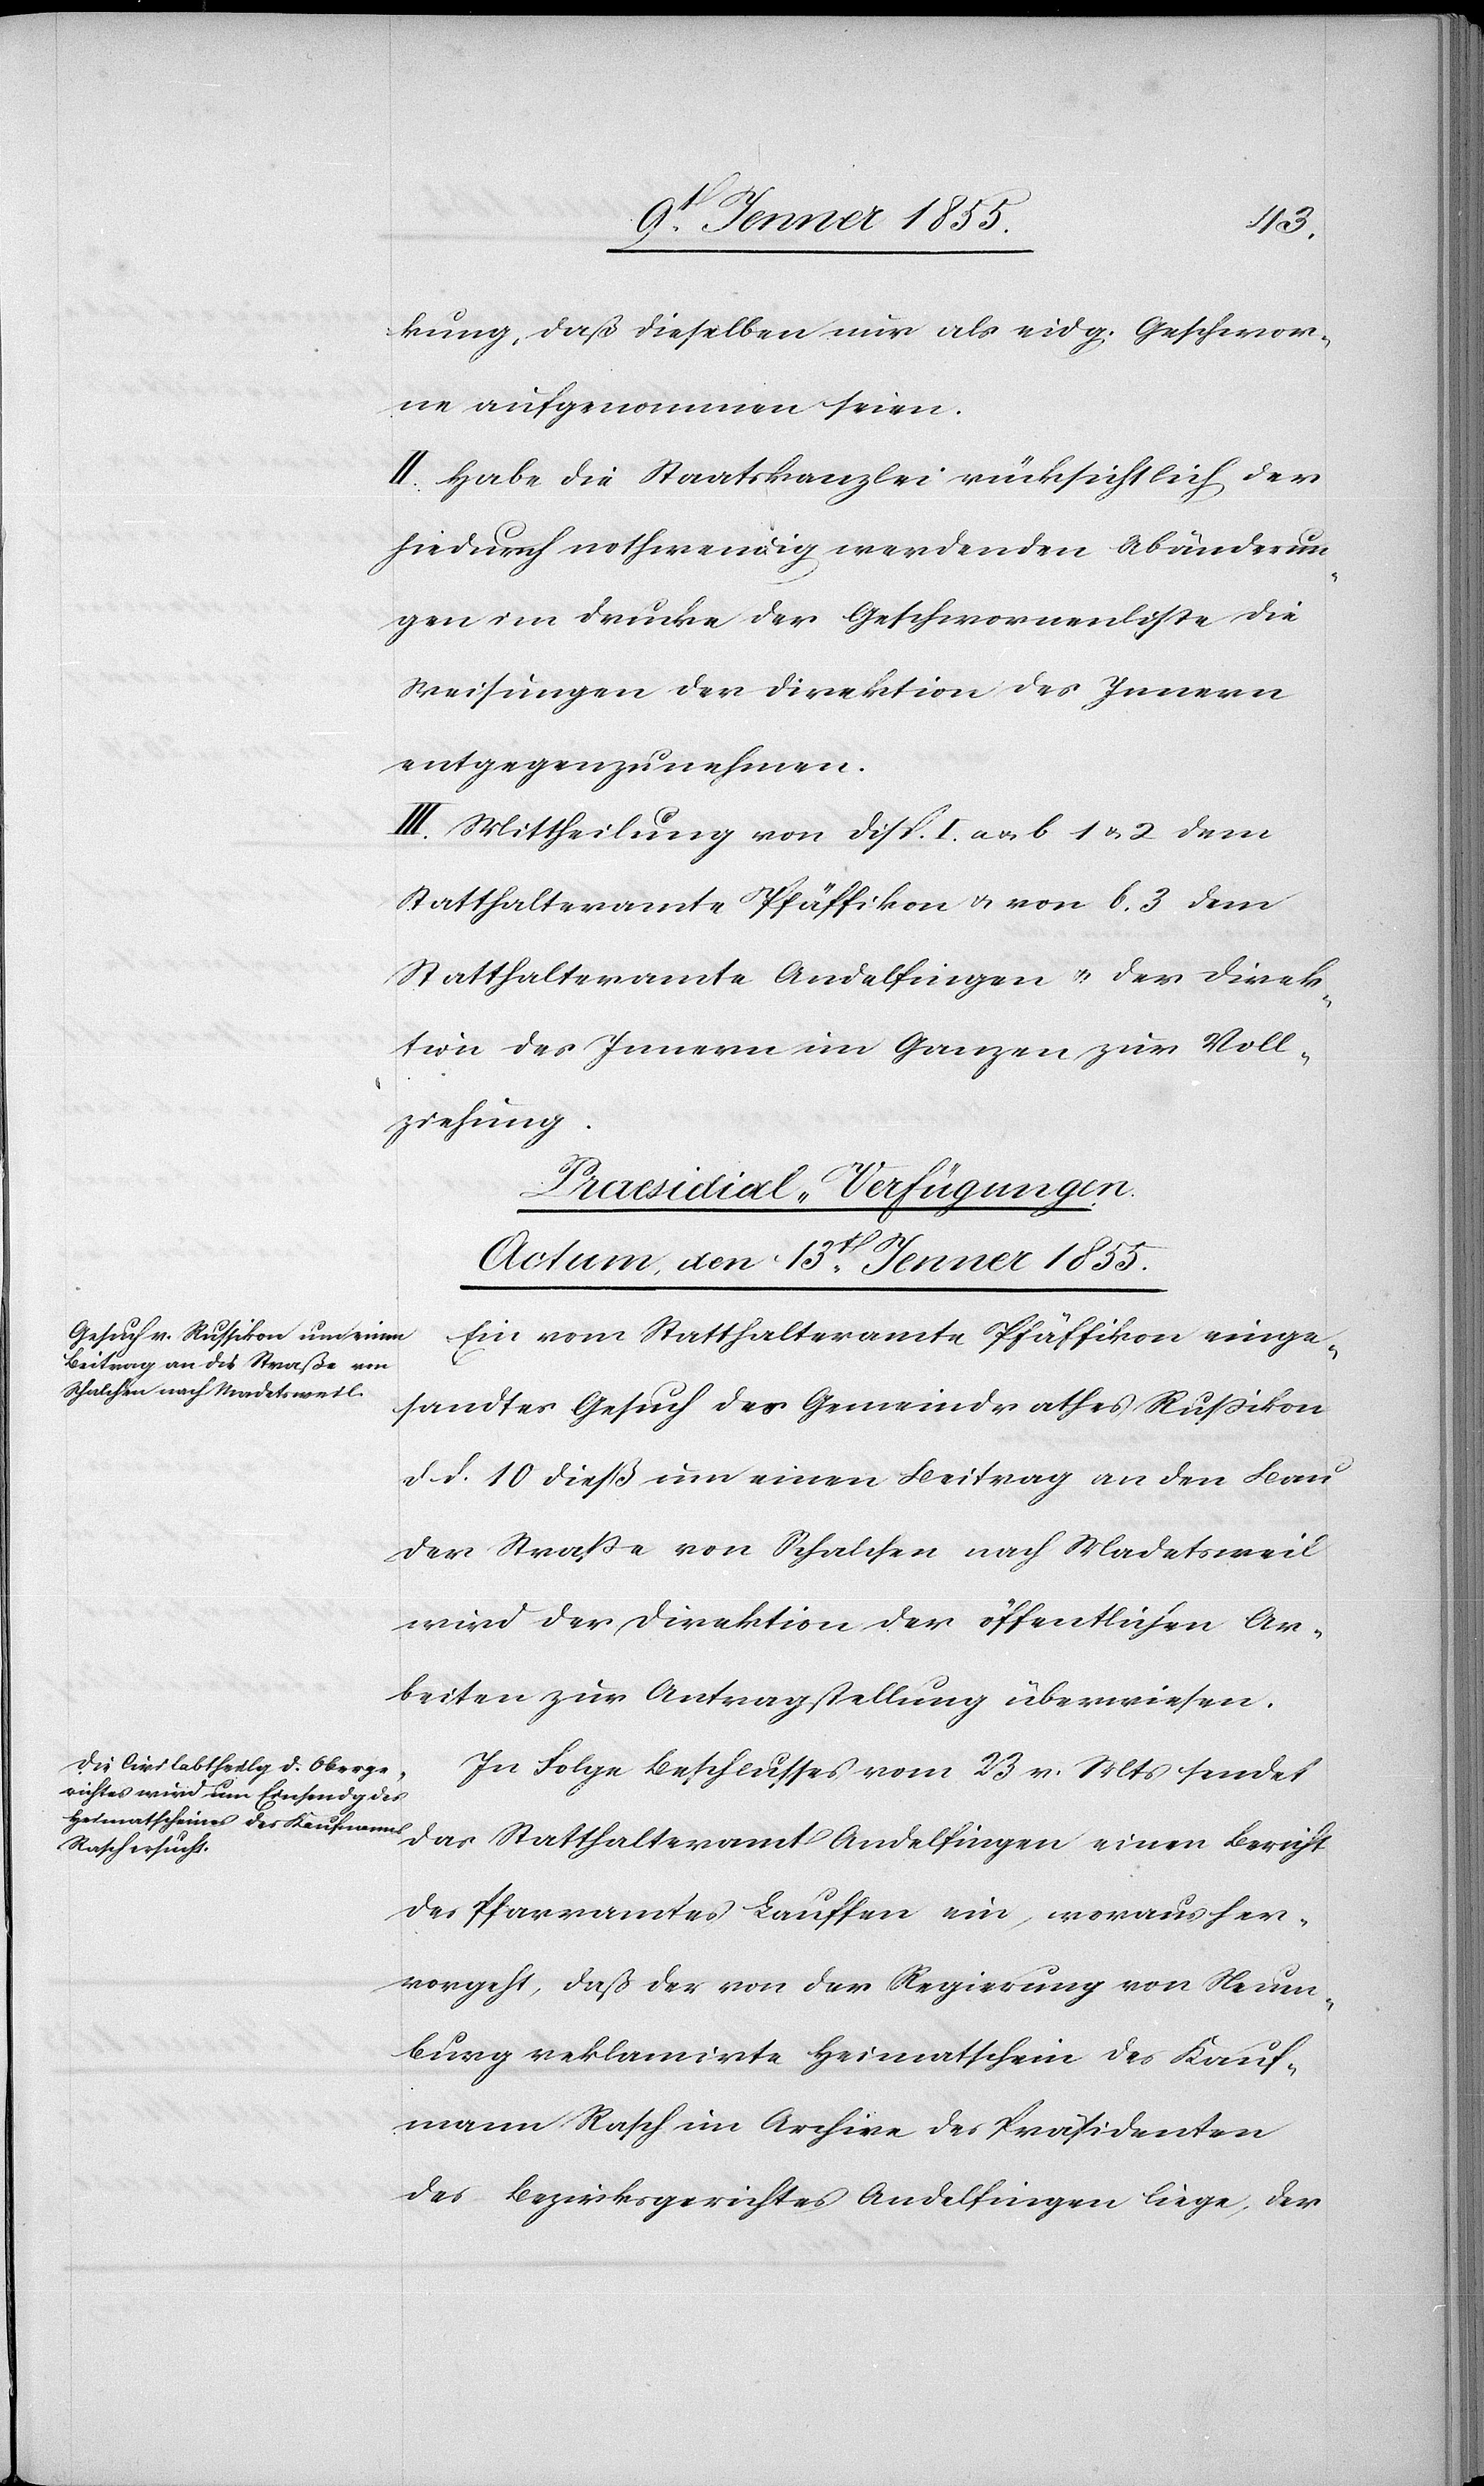
kung, daß dieselben nur als eidg. Geschwor¬
ne aufgenommen seien.
II. Habe die Staatskanzlei rücksichtlich der
hiedurch nothwendig werdenden Abänderun¬
gen im Drucke der Geschwornenliste die
Weisungen der Direktion des Innern
entgegenzunehmen.
III. Mittheilung von Disp. I. a & b 1 & 2 dem
Statthalteramte Pfäffikon & von b. 3 dem
Statthalteramt Andelfingen einen Bericht
tion des Innern im Ganzen zur Voll¬
ziehung.
[Praesidial-Verfügungen.
Actum, den 13t[en]. Jenner 1855.]
Ein vom Statthalteramte Pfäffikon einge¬
sandtes Gesuch des Gemeindrathes Russikon
d d. 10 dieß um einen Beitrag an den Bau
der Strasse von Schalchen nach Madetsweil
wird der Direktion der öffentlichen Ar¬
beiten zur Antragstellung überwiesen.
In Folge Beschlusses vom 23 v. Mts sendet
des Pfarramtes Lauffen ein, woraus her¬
vorgeht, daß der von der Regierung von Neuen¬
burg reklamirte Heimatschein des Kauf¬
mann Rasch im Archive des Präsidenten
des Bezirksgerichtes Andelfingen liege, der